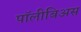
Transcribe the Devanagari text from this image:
पॉलीबिअस